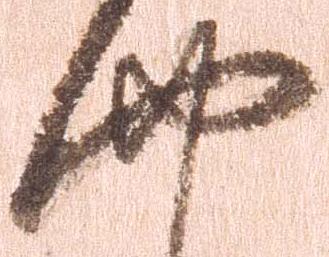
四